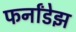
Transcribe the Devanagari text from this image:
फर्नांडेझ